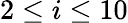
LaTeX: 2\leq i\leq 10